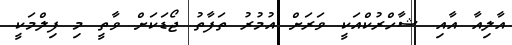
އާލިއާ އާއި ޝާހްރުކްއަކީ ވަރަށް އުމުރު ތަފާތު ޖޯޑަކަށް ވާތީ މި ފިލްމަކީ